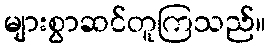
များစွာဆင်တူကြသည်။